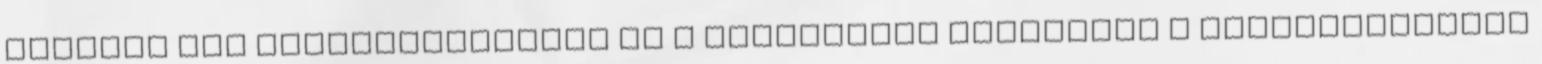
alperes nem taxiszolgáltató és a rendszerén keresztül a felhasználóhoz